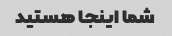
شما اینجا هستید